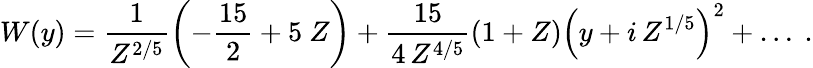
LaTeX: W(y)=\frac{1}{Z^{2/5}}\left(-\frac{15}{2}+5~Z\right)+\frac{15}{4\, Z^{4/5}}\left(1+Z\right)\left(y+i\, Z^{1/5}\right)^{2}+\ldots\ .